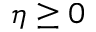
\eta \geq 0